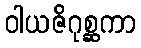
ဝါယဇိဂုစ္ဆကာ